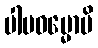
ပါပဓမ္မောပိ